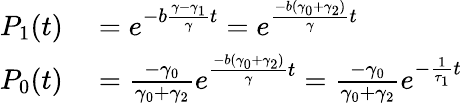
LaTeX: \begin{array}{rl}{P_{1}(t)}&{{}=e^{-b\frac{\gamma-\gamma_{1}}{\gamma}t}=e^{\frac{-b(\gamma_{0}+\gamma_{2})}{\gamma}t}}\\ {P_{0}(t)}&{{}=\frac{-\gamma_{0}}{\gamma_{0}+\gamma_{2}}e^{\frac{-b(\gamma_{0}+\gamma_{2})}{\gamma}t}=\frac{-\gamma_{0}}{\gamma_{0}+\gamma_{2}}e^{-\frac{1}{\tau_{1}}t}}\end{array}